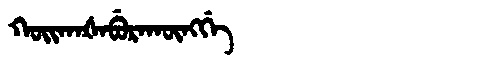
Manchu: ᡴᠣᡳᡴᠠᡧᠠᠪᡠᡵᠠᡴᡡᠩᡤᡝ
Romanization: KOIKAŠABURAKŪNGGE